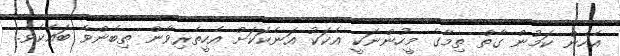
އެހެން ކަމުން ގާތް ތިމާގެ މީހުންނަކީ އެކަކު އަނެކަކަށް އެހީތެރިވާން ތިބެންވާ ބައެކެވެ.